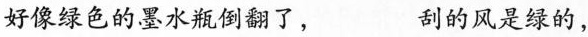
好像绿色的墨水瓶倒翻了， 刮的风是绿的，